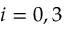
i = 0 , 3